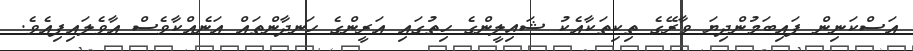
އަސްކަނިން ފައިބަމުންދިޔަ ވާރޭގެ ތިކިތަކާއެކު ޝައިލީންގެ ހިތުގައި އަރީންގެ ހަނދާންތައް އަނެއްކާވެސް އާވެލައިފިއެވެ.